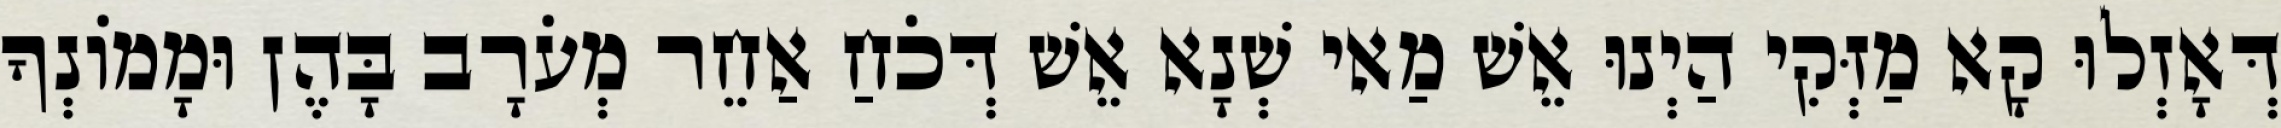
דְּאָזְלוּ קָא מַזְּקִי הַיְנוּ אֵשׁ מַאי שְׁנָא אֵשׁ דְּכֹחַ אַחֵר מְעֹרָב בָּהֶן וּמָמוֹנְךָ